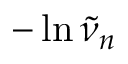
- \ln \tilde { \nu } _ { n }